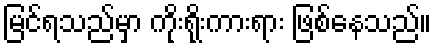
မြင်ရသည်မှာ ကိုးရိုးကားရား ဖြစ်နေသည်။